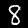
Label: 8